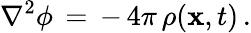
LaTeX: \nabla^{2}\phi\, =\, -\, 4\pi\, \rho({\mathbf x},t)\, .